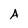
Character: A